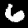
Label: 6